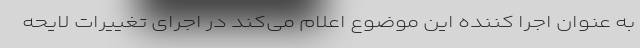
به عنوان اجرا کننده این موضوع اعلام می‌کند در اجرای تغییرات لایحه